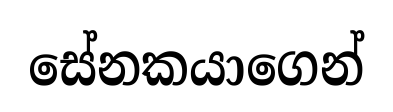
සේනකයාගෙන්